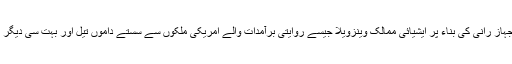
ایسے میں کم خرچ تجارتی جہاز رانی کی بناء پر ایشیائی ممالک وینزویلا جیسے روایتی برآمدات والے امریکی ملکوں سے سستے داموں تیل اور بہت سی دیگر مصنوعات خرید سکیں گے۔